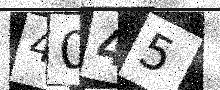
Text: 4045